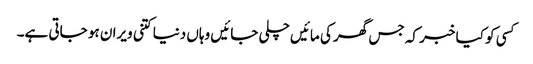
کسی کو کیا خبر کہ جس گھر کی مائیں چلی جائیں وہاں دنیا کتنی ویران ہو جاتی ہے۔